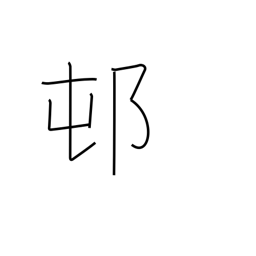
Meaning: rustic